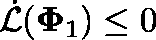
\dot { \mathcal { L } } ( \mathbf { \Phi } _ { 1 } ) \leq 0